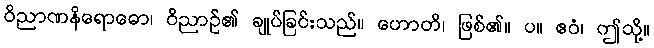
ဝိညာဏနိရောဓော၊ ဝိညာဉ်၏ ချုပ်ခြင်းသည်။ ဟောတိ၊ ဖြစ်၏။ ပ။ ဧဝံ၊ ဤသို့။